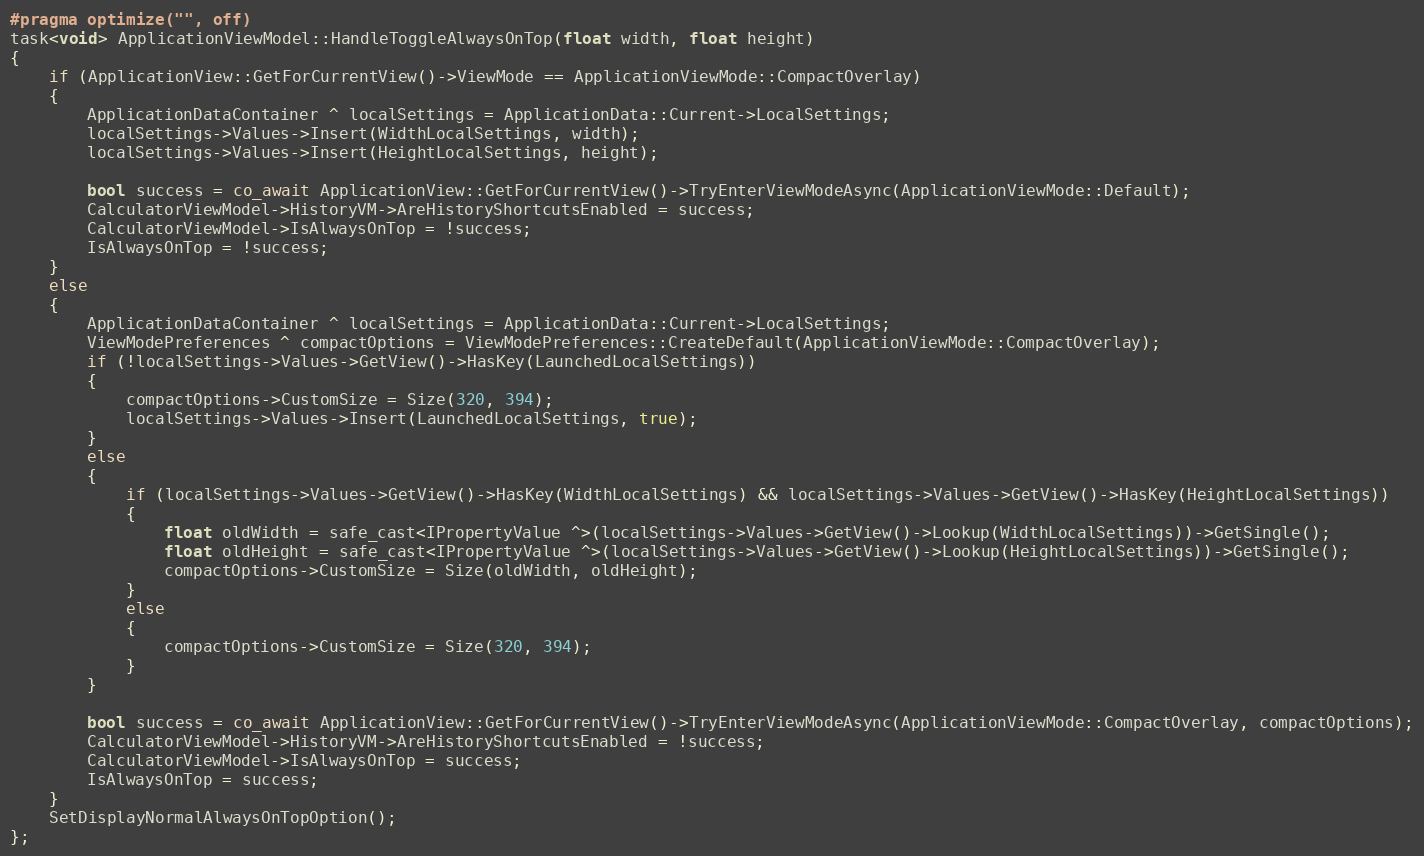
Language: C++
#pragma optimize("", off)
task<void> ApplicationViewModel::HandleToggleAlwaysOnTop(float width, float height)
{
    if (ApplicationView::GetForCurrentView()->ViewMode == ApplicationViewMode::CompactOverlay)
    {
        ApplicationDataContainer ^ localSettings = ApplicationData::Current->LocalSettings;
        localSettings->Values->Insert(WidthLocalSettings, width);
        localSettings->Values->Insert(HeightLocalSettings, height);

        bool success = co_await ApplicationView::GetForCurrentView()->TryEnterViewModeAsync(ApplicationViewMode::Default);
        CalculatorViewModel->HistoryVM->AreHistoryShortcutsEnabled = success;
        CalculatorViewModel->IsAlwaysOnTop = !success;
        IsAlwaysOnTop = !success;
    }
    else
    {
        ApplicationDataContainer ^ localSettings = ApplicationData::Current->LocalSettings;
        ViewModePreferences ^ compactOptions = ViewModePreferences::CreateDefault(ApplicationViewMode::CompactOverlay);
        if (!localSettings->Values->GetView()->HasKey(LaunchedLocalSettings))
        {
            compactOptions->CustomSize = Size(320, 394);
            localSettings->Values->Insert(LaunchedLocalSettings, true);
        }
        else
        {
            if (localSettings->Values->GetView()->HasKey(WidthLocalSettings) && localSettings->Values->GetView()->HasKey(HeightLocalSettings))
            {
                float oldWidth = safe_cast<IPropertyValue ^>(localSettings->Values->GetView()->Lookup(WidthLocalSettings))->GetSingle();
                float oldHeight = safe_cast<IPropertyValue ^>(localSettings->Values->GetView()->Lookup(HeightLocalSettings))->GetSingle();
                compactOptions->CustomSize = Size(oldWidth, oldHeight);
            }
            else
            {
                compactOptions->CustomSize = Size(320, 394);
            }
        }

        bool success = co_await ApplicationView::GetForCurrentView()->TryEnterViewModeAsync(ApplicationViewMode::CompactOverlay, compactOptions);
        CalculatorViewModel->HistoryVM->AreHistoryShortcutsEnabled = !success;
        CalculatorViewModel->IsAlwaysOnTop = success;
        IsAlwaysOnTop = success;
    }
    SetDisplayNormalAlwaysOnTopOption();
};